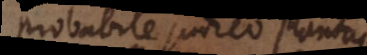
Probabile judico plantas